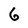
Character: 6